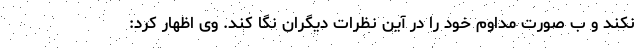
نکند و ب صورت مداوم خود را در آین نظرات دیگران نگا کند. وی اظهار کرد: